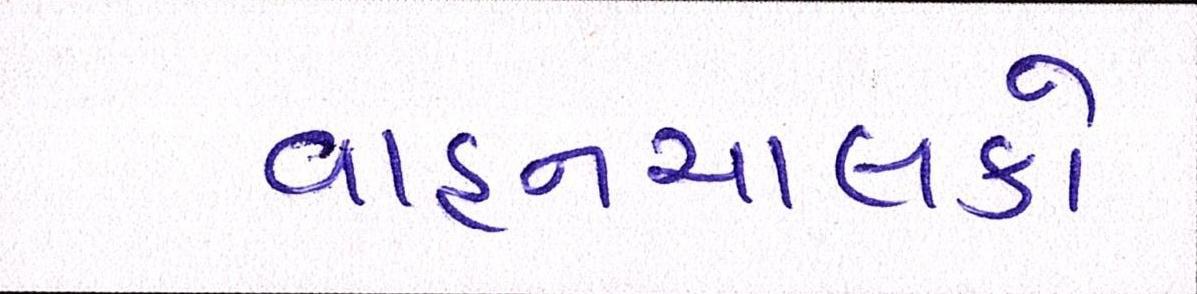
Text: વાહનચાલકો